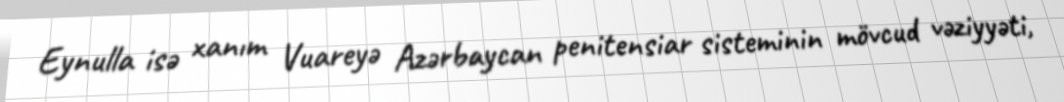
Eynulla isə xanım Vuareyə Azərbaycan penitensiar sisteminin mövcud vəziyyəti,